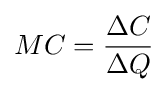
MC={\frac {\Delta C}{\Delta Q}}